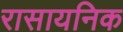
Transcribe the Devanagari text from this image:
रासायनिक